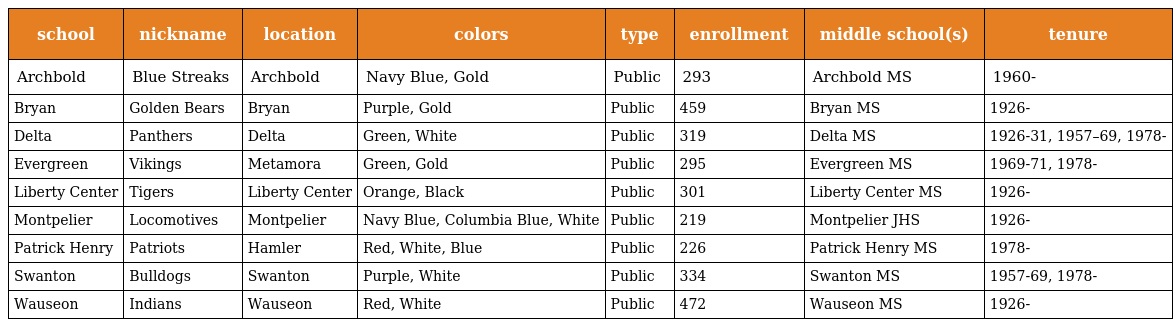
| school | nickname | location | colors | type | enrollment | middle school(s) | tenure |
 | --- | --- | --- | --- | --- | --- | --- | --- |
 | Archbold | Blue Streaks | Archbold | Navy Blue, Gold | Public | 293 | Archbold MS | 1960- |
 | Bryan | Golden Bears | Bryan | Purple, Gold | Public | 459 | Bryan MS | 1926- |
 | Delta | Panthers | Delta | Green, White | Public | 319 | Delta MS | 1926-31, 1957–69, 1978- |
 | Evergreen | Vikings | Metamora | Green, Gold | Public | 295 | Evergreen MS | 1969-71, 1978- |
 | Liberty Center | Tigers | Liberty Center | Orange, Black | Public | 301 | Liberty Center MS | 1926- |
 | Montpelier | Locomotives | Montpelier | Navy Blue, Columbia Blue, White | Public | 219 | Montpelier JHS | 1926- |
 | Patrick Henry | Patriots | Hamler | Red, White, Blue | Public | 226 | Patrick Henry MS | 1978- |
 | Swanton | Bulldogs | Swanton | Purple, White | Public | 334 | Swanton MS | 1957-69, 1978- |
 | Wauseon | Indians | Wauseon | Red, White | Public | 472 | Wauseon MS | 1926- |